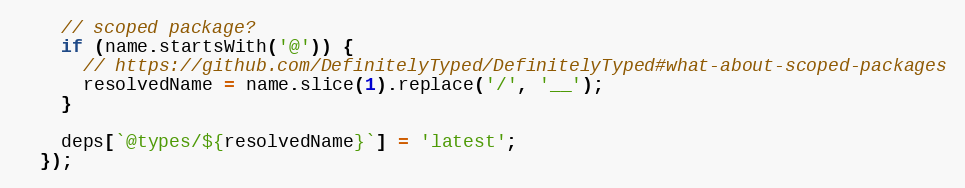
Language: JavaScript
    // scoped package?
    if (name.startsWith('@')) {
      // https://github.com/DefinitelyTyped/DefinitelyTyped#what-about-scoped-packages
      resolvedName = name.slice(1).replace('/', '__');
    }

    deps[`@types/${resolvedName}`] = 'latest';
  });